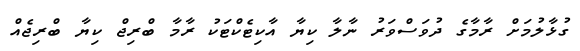
ގުޅާލުމަށް ރާމާގެ ދުވަސްވަރު ނާލާ ކިޔާ އާކިޓެކްޓަކު ރާމާ ބްރިޖް ކިޔާ ބްރިޖެއް